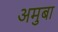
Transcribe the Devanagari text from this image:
अमुबा